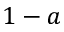
1 - a